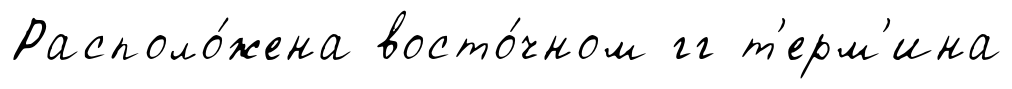
Располо́жена восто́чном гг т'ерм'ина